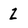
Character: Z